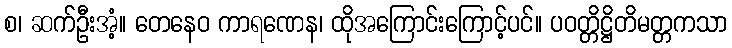
စ၊ ဆက်ဦးအံ့။ တေနေဝ ကာရဏေန၊ ထိုအကြောင်းကြောင့်ပင်။ ပဝတ္တိဋ္ဌိတိမတ္တကသာ